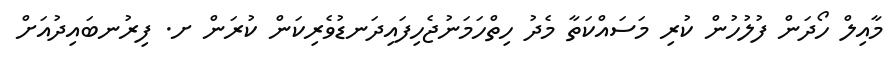
މާއިލް ހޯދަން ފުލުހުން ކުރި މަސައްކަތާ މެދު ހިތްހަމަނުޖެހިފައިދަނޑުވެރިކަން ކުރަން ށ. ފިރުނބައިދުއަށް